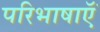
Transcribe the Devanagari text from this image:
परिभाषाऍं